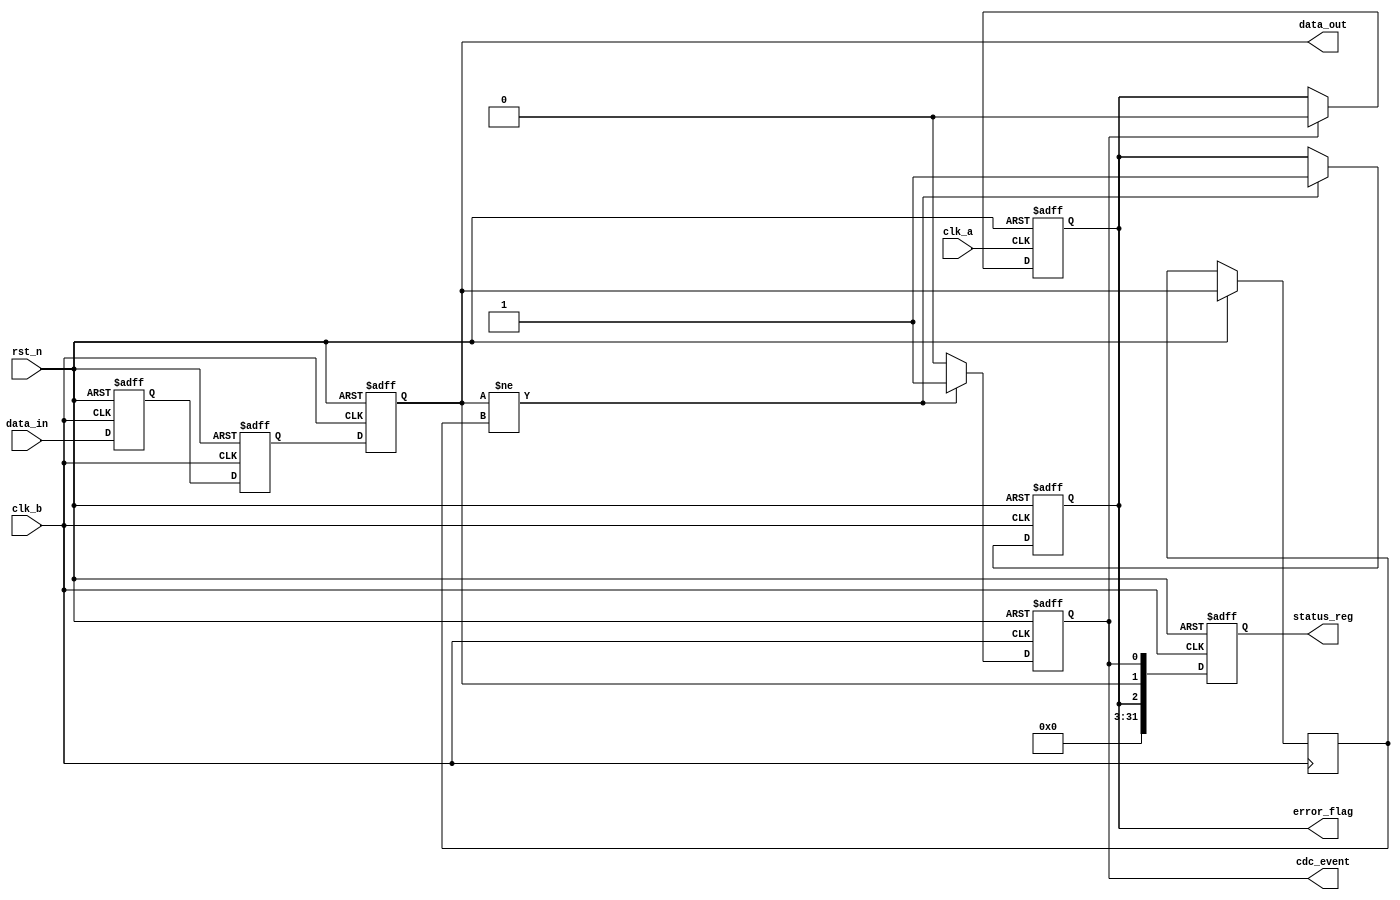
module cdc_detector (
    input wire clk_a,          // Clock domain A
    input wire clk_b,          // Clock domain B
    input wire rst_n,          // Asynchronous active-low reset
    input wire data_in,        // Data input in clk_a domain
    output reg data_out,       // Synchronized data output in clk_b domain
    output reg cdc_event,      // CDC event flag
    output reg error_flag,     // Error flag indicating potential CDC issues
    output reg [31:0] status_reg // Status register
);

// Internal registers
reg data_in_sync_1;           // First stage of synchronizer
reg data_in_sync_2;           // Second stage of synchronizer
reg data_out_prev;            // Previous value of data_out

// Asynchronous reset and synchronization logic
always @(posedge clk_b or negedge rst_n) begin
    if (!rst_n) begin
        data_in_sync_1 <= 1'b0;
        data_in_sync_2 <= 1'b0;
        data_out <= 1'b0;
        cdc_event <= 1'b0;
        error_flag <= 1'b0;
        status_reg <= 32'b0;
    end else begin
        // Two-stage synchronizer
        data_in_sync_1 <= data_in;        // First stage
        data_in_sync_2 <= data_in_sync_1; // Second stage

        // Capture synchronized data
        data_out <= data_in_sync_2;

        // Detect changes in synchronized data
        if (data_out != data_out_prev) begin
            cdc_event <= 1'b1; // Set CDC event flag
            error_flag <= 1'b1; // Set error flag on CDC event
        end else begin
            cdc_event <= 1'b0; // Clear CDC event flag
        end

        // Update previous data_out value
        data_out_prev <= data_out;

        // Update status register
        status_reg <= {error_flag, data_out, cdc_event}; // Example status register content
    end
end

// Error flag reset logic in clk_a domain (optional)
always @(posedge clk_a or negedge rst_n) begin
    if (!rst_n) begin
        error_flag <= 1'b0; // Reset error flag
    end else if (cdc_event) begin
        // Optionally, reset error flag based on specific conditions or after being read
        error_flag <= 1'b0; // Reset error flag after CDC event
    end
end

endmodule